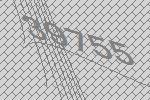
39755